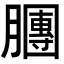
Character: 𣎫